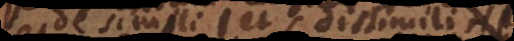
de simili et dissimili et